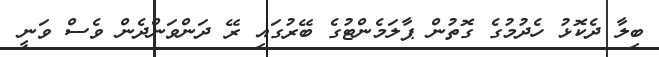
ބިލާ ދެކޮޅު ހެދުމުގެ ގޮތުން ޕާލަމެންޓުގެ ބޭރުގައި ރޭ ދަންވަންދެން ވެސް ވަނީ